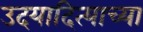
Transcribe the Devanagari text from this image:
उदयादित्याच्या